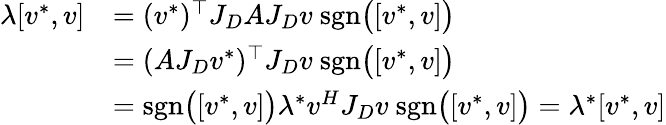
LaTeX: \begin{array}{rl}{\lambda[v^{*},v]}&{=(v^{*})^{\top}J_{D}AJ_{D}v\ \mathrm{sgn}\big([v^{*},v]\big)}\\ &{=(AJ_{D}v^{*})^{\top}J_{D}v\ \mathrm{sgn}\big([v^{*},v]\big)}\\ &{=\mathrm{sgn}\big([v^{*},v]\big)\lambda^{*}v^{H}J_{D}v\ \mathrm{sgn}\big([v^{*},v]\big)=\lambda^{*}[v^{*},v]}\end{array}